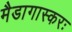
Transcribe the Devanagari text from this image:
मैडागास्करः